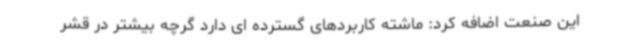
این صنعت اضافه کرد: ماشته کاربردهای گسترده ای دارد گرچه بیشتر در قشر